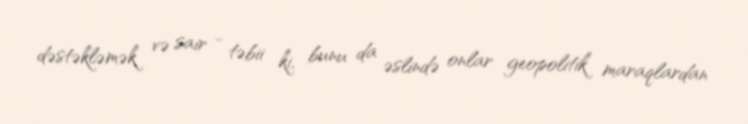
dəstəkləmək və sair - təbii ki, bunu da əslində onlar geopolitik maraqlardan